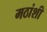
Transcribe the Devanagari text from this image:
मठांशी